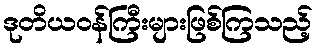
ဒုတိယဝန်ကြီးများဖြစ်ကြသည့်